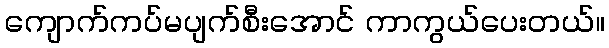
ကျောက်ကပ်မပျက်စီးအောင် ကာကွယ်ပေးတယ်။